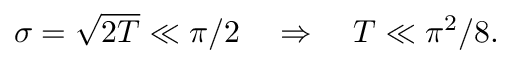
\begin{array} { r } { \sigma = \sqrt { 2 T } \ll \pi / 2 \ \ \ \Rightarrow \ \ \ T \ll \pi ^ { 2 } / 8 . } \end{array}